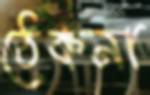
ঠেকনা